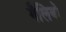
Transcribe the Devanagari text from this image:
गैलियो